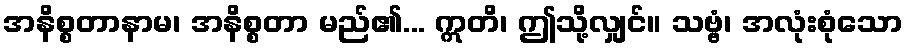
အနိစ္စတာနာမ၊ အနိစ္စတာ မည်၏... ဣတိ၊ ဤသို့လျှင်။ သဗ္ဗံ၊ အလုံးစုံသော